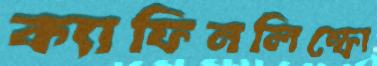
ক্যাফিনলিম্ফো